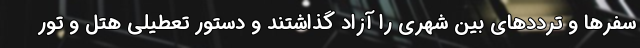
سفرها و ترددهای بین شهری را آزاد گذاشتند و دستور تعطیلی هتل و تور